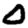
Digit: 0